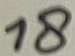
Text: 18